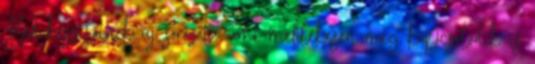
Bad készítőinek új sorozata, ami mellékesen még kapcsolódik is